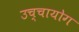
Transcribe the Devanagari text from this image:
उच्‍चायोग